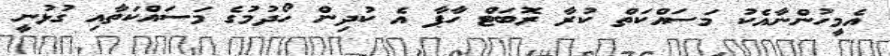
އެމީހުންނާއެކު މަސައްކަތް ކުރާ ރޮބަޓް ހާޕާ އެ ކުދިން ހޯދުމުގެ މަސައްކަތާއި ގުޅުނީ